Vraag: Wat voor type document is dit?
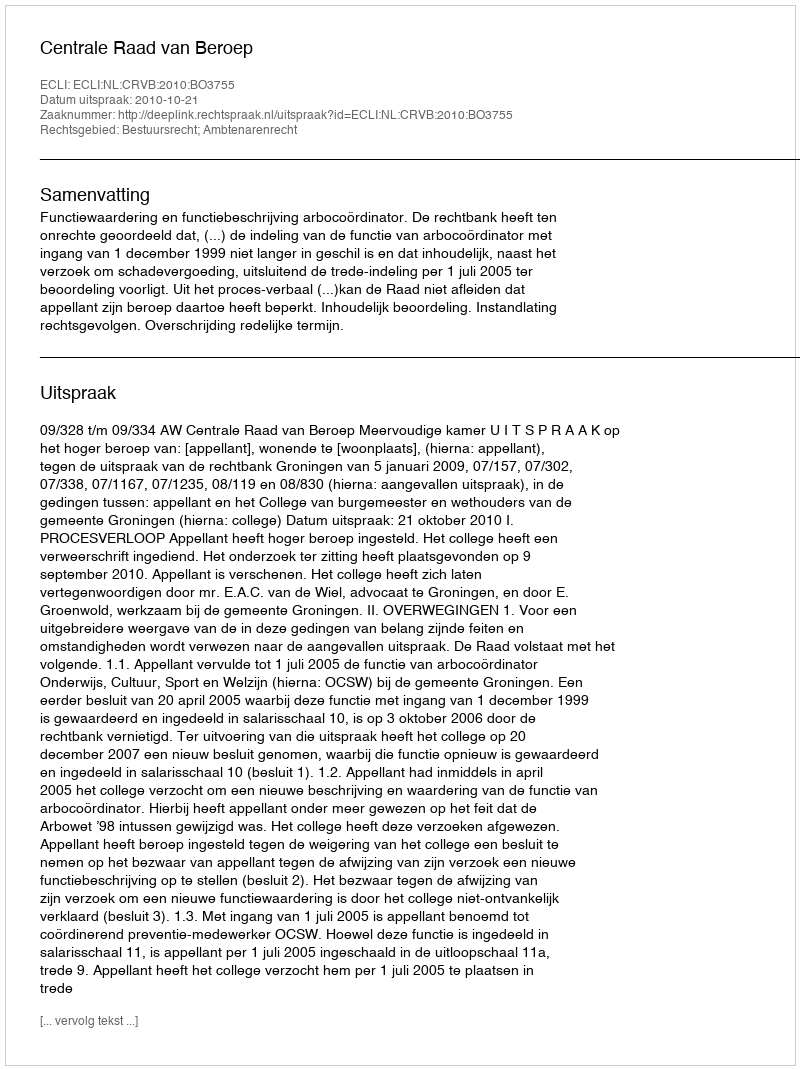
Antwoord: Uitspraak